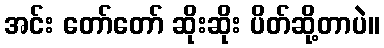
အင်း တော်တော် ဆိုးဆိုး ပိတ်ဆို့တာပဲ။